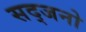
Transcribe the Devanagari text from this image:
सद्जनो